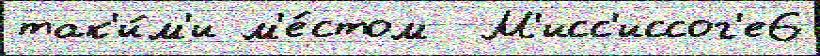
так'и́м'и м'е́стом  М'исс'иссог'е6